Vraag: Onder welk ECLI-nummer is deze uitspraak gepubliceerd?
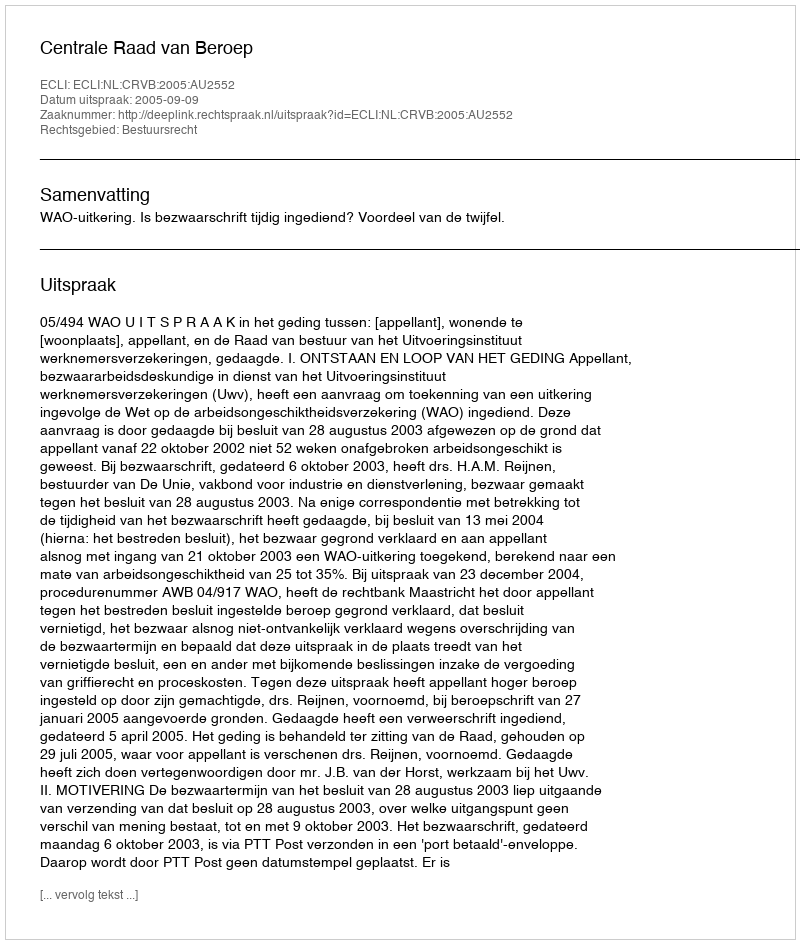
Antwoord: ECLI:NL:CRVB:2005:AU2552